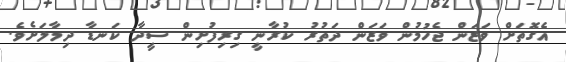
އެގޮތަށް ވަޒަން ޖެހުމުން ވަޒަން ދަތުރު ކުރާނީ ގިރިފުށިން ސީދާ ކަނޑާ ދިމާލަށެވެ.